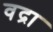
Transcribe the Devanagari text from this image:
वद्रा